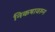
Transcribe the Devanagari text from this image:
निकषावरुन